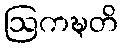
ဩကဍ္ဎတိ